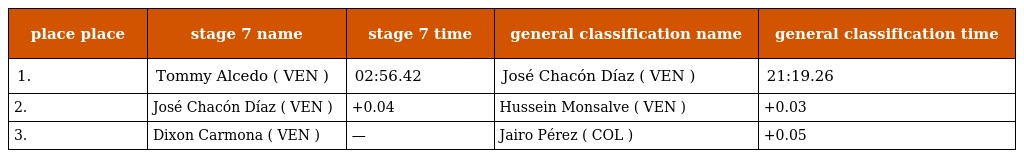
| place place | stage 7 name | stage 7 time | general classification name | general classification time |
 | --- | --- | --- | --- | --- |
 | 1. | Tommy Alcedo ( VEN ) | 02:56.42 | José Chacón Díaz ( VEN ) | 21:19.26 |
 | 2. | José Chacón Díaz ( VEN ) | +0.04 | Hussein Monsalve ( VEN ) | +0.03 |
 | 3. | Dixon Carmona ( VEN ) | — | Jairo Pérez ( COL ) | +0.05 |